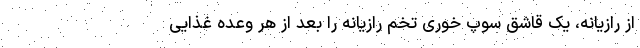
از رازیانه، یک قاشق سوپ خوری تخم رازیانه را بعد از هر وعده غذایی